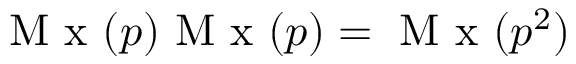
\mathrm { ~ M ~ x ~ } ( p ) \mathrm { ~ M ~ x ~ } ( p ) = \mathrm { ~ M ~ x ~ } ( p ^ { 2 } )